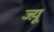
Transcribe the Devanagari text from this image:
ज्य़ू